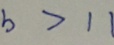
b > 1 1